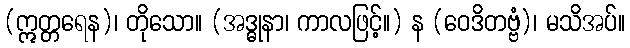
(ဣတ္တရေန)၊ တိုသော။ (အဒ္ဓုနာ၊ ကာလဖြင့်။) န (ဝေဒိတဗ္ဗံ)၊ မသိအပ်။